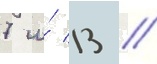
7 и́ 13 //